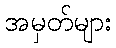
အမှတ်များ